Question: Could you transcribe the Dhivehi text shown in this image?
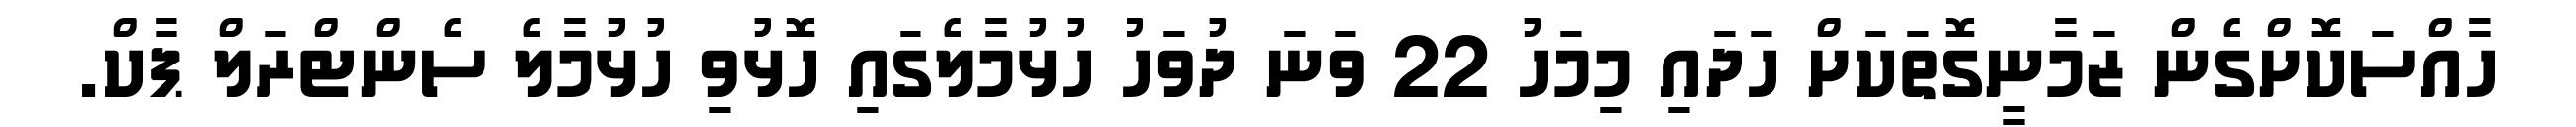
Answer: ހާއްސަކޮށްގެން ޒަމާނީގޮތަކަށް ހަދައި މިމަހު 22 ވަނަ ދުވަހު ހުޅުމާލެގައި ހޮޅުވި ހުޅުމާލެ ސެންޓްރަލް ޕާކް.